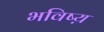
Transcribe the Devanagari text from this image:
भविष्य़